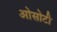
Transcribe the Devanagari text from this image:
ओसोटी